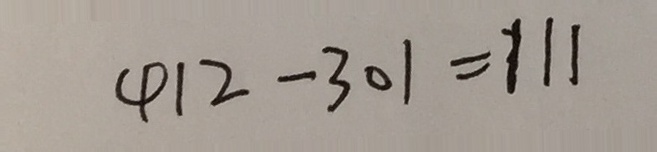
4 1 2 - 3 0 1 = 1 1 1